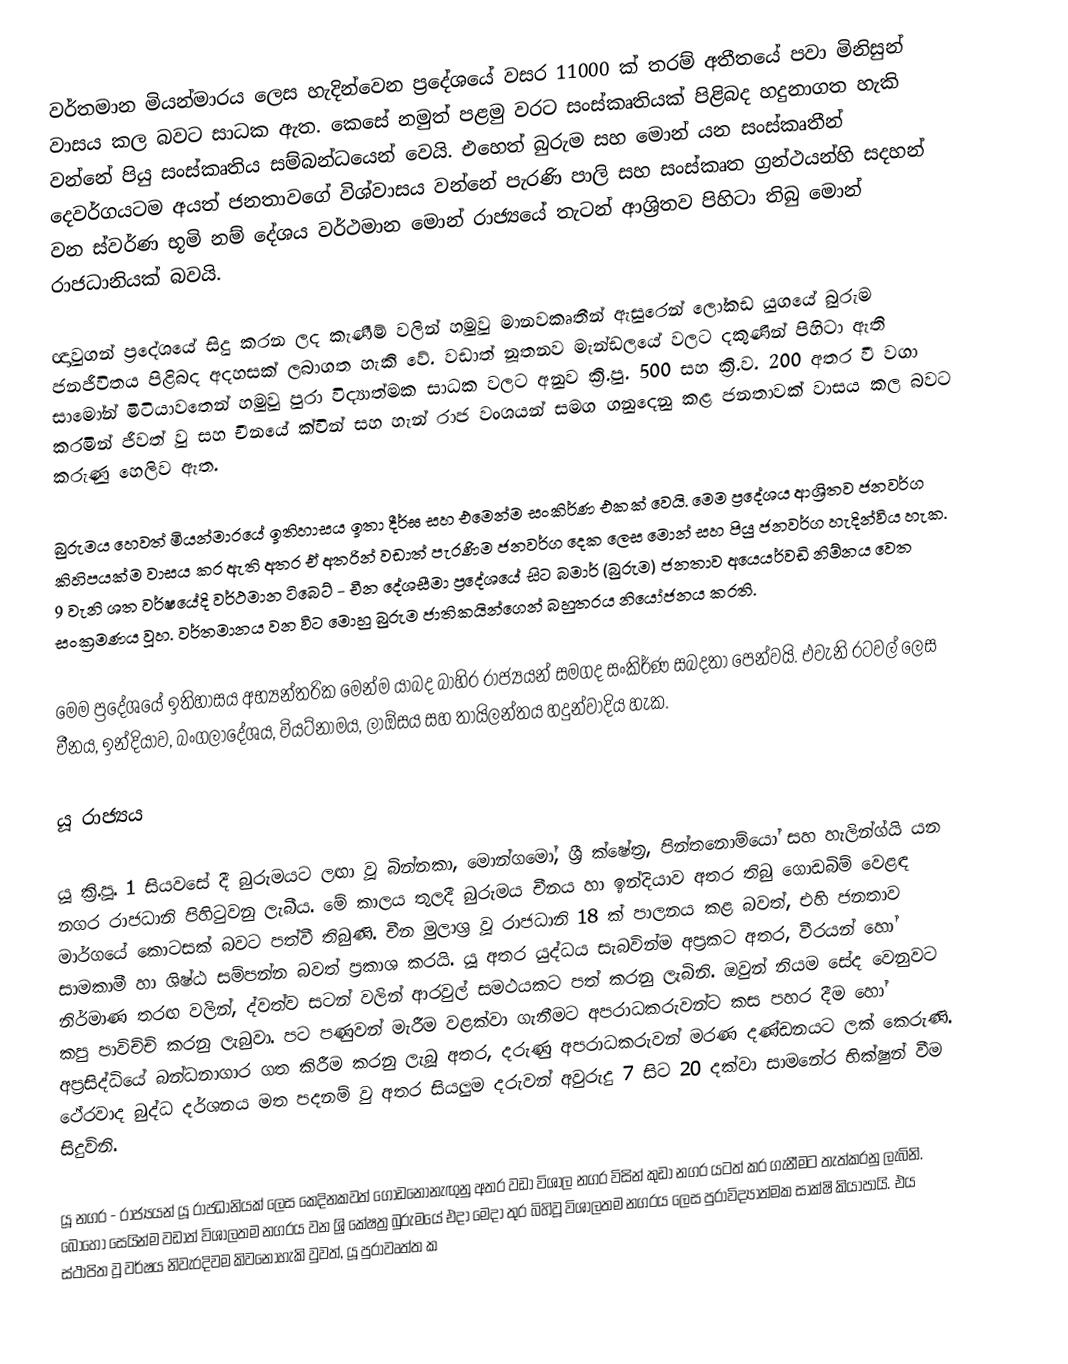
වර්තමාන මියන්මාරය ලෙස හැදින්වෙන ප්‍රදේශයේ වසර 11000 ක් තරම් අතීතයේ පවා මිනිසුන් වාසය කල බවට සාධක ඇත. කෙසේ නමුත් පළමු වරට සංස්කෘතියක් පිළිබද හදුනාගත හැකි වන්නේ පියු සංස්කෘතිය සම්බන්ධයෙන් වෙයි. එහෙත් බුරුම සහ මොන් යන සංස්කෘතීන් දෙවර්ගයටම අයත් ජනතාවගේ විශ්වාසය වන්නේ පැරණි පාලි සහ සංස්කෘත ග්‍රන්ථයන්හි සදහන් වන ස්වර්ණ භූමි නම් දේශය වර්ථමාන මොන් රාජ්‍යයේ තැටන් ආශ්‍රිතව පිහිටා තිබු මොන් රාජධානියක් බවයි.

ඥාවුගන් ප්‍රදේශයේ සිදු කරන ලද කැණීම් වලින් හමුවු මානවකෘතීන් ඇසුරෙන් ලෝකඩ යුගයේ බුරුම ජනජීවිතය පිළිබද අදහසක් ලබාගත හැකි වේ. වඩාත් නූතනව මැන්ඩලයේ වලට දකුණින් පිහිටා ඇති සාමෝන් මිටියාවතෙන් හමුවු පුරා විද්‍යාත්මක සාධක වලට අනුව ක්‍රි.පු. 500 සහ ක්‍රි.ව. 200 අතර වී වගා කරමින් ජීවත් වු සහ චීනයේ ක්වින් සහ හැන් රාජ වංශයන් සමග ගනුදෙනු කළ ජනතාවක් වාසය කල බවට කරුණු හෙලිව ඇත.

බුරුමය හෙවත් මියන්මාරයේ ඉතිහාසය ඉතා දීර්ඝ සහ එමෙන්ම සංකිර්ණ එකක් වෙයි. මෙම ප්‍රදේශය ආශ්‍රිතව ජනවර්ග කිහිපයක්ම වාසය කර ඇති අතර ඒ අතරින් වඩාත් පැරණිම ජනවර්ග දෙක ලෙස මොන් සහ පියු ජනවර්ග හැදින්විය හැක. 9 වැනි ශත වර්ෂයේදි වර්ථමාන ටිබෙට් - චීන දේශසීමා ප්‍රදේශයේ සිට බමාර් (බුරුම) ජනතාව අයෙයර්වඩි නිම්නය වෙත සංක්‍රමණය වූහ. වර්තමානය වන විට මොහු බුරුම ජාතිකයින්ගෙන් බහුතරය නියෝජනය කරති.

මෙම ප්‍රදේශයේ ඉතිහාසය අභ්‍යන්තරික මෙන්ම යාබද බාහිර රාජ්‍යයන් සමගද සංකිර්ණ සබදතා පෙන්වයි. එවැනි රටවල් ලෙස චීනය, ඉන්දියාව, බංගලාදේශය, වියට්නාමය, ලාඕසය සහ තායිලන්තය හදුන්වාදිය හැක.

යූ රාජ්‍යය

යූ ක්‍රි.පූ. 1 සියවසේ දී බුරුමයට ලඟා වූ බින්නකා, මොන්ගමෝ, ශ්‍රී ‍ක්ෂේත්‍ර, පින්තනොම්යෝ සහ හැලින්ග්යි යන නගර රාජධානි පිහිටුවනු ලැබීය. මේ කාලය තුලදී බුරුමය චීනය හා ඉන්දියාව අතර තිබු ගොඩබිම් වෙළඳ මාර්ගයේ කොටසක්  බවට පත්වී තිබුණි.  චීන මුලාශ්‍ර වූ රාජධානි 18 ක් පාලනය කළ බවත්, එහි ජනතාව සාමකාමී හා ශිෂ්ඨ සම්පන්න බවත් ප්‍රකාශ කරයි. යූ අතර යුද්ධය සැබවින්ම අප්‍රකට අතර, වීරයන් හෝ නිර්මාණ තරඟ වලින්, ද්වත්ව සටන් වලින් ආරවුල් සමථයකට පත් කරනු ලැබිනි. ඔවුන් නියම ‍සේද වෙනුවට කපු පාවිච්චි කරනු ලැබුවා. පට පණුවන් මැරීම වළක්වා ගැනීමට අපරාධකරුවන්ට කස පහර දීම හෝ අප්‍රසිද්ධියේ බන්ධනාගාර ගත කිරීම කරනු  ලැබූ අතර, දරුණු අපරාධකරුවන් මරණ දණ්ඩනයට ලක් කෙරුණි. ථේරවාද බුද්ධ දර්ශනය මත පදනම් වු අතර සියලුම දරුවන් අවුරුදු 7 සිට 20 දක්වා සාමනේර භික්ෂුන් වීම සිදුවිනි.

යූ නගර - රාජ්‍යයන් යූ රාජධානි‍යක් ලෙස කෙදිනකවත් ගොඩනොනැඟුනු අතර වඩා විශාල නගර විසින් කුඩා නගර යටත් කර ගැනීමට තැත්කරනු ලැබිනි. බොහෝ සෙයින්ම වඩාත් විශාලතම නගරය වන ශ්‍රි කේෂත්‍ර බුරුමයේ එදා මෙදා තුර බිහිවූ විශාලතම නගරය ලෙස පුරාවිද්‍යාත්මක සාක්ෂි කියාපායි. එය ස්ථාපිත වූ වර්ෂය නිවැරදිවම කිවනොහැකි වුවත්, යූ පුරාවෘත්ත ක